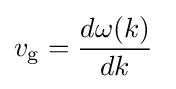
v_{\rm {g}}={\frac {d\omega (k)}{dk}}\